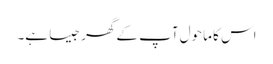
اس کا ماحول آپ کے گھر جیسا ہے۔